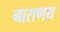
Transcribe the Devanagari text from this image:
नाराणय